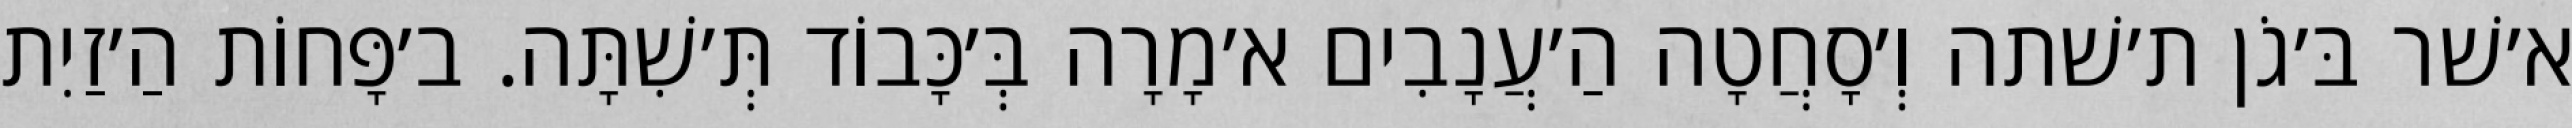
א׳שׁר בּ׳גֹן ת׳שׁתה וְ׳סָחֲטָה הַ׳עֲנָבִים א׳מָרָה בְּ׳כָּבוֹד תְּ׳שִׁתָּה. ב׳פָּחוֹת הַ׳זַיִת